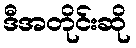
ဒီအတိုင်းဆို